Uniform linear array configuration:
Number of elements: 12
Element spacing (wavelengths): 0.5
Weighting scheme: hann
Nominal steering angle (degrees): -60
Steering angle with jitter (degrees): -59.18
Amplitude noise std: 0.05
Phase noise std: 0.05

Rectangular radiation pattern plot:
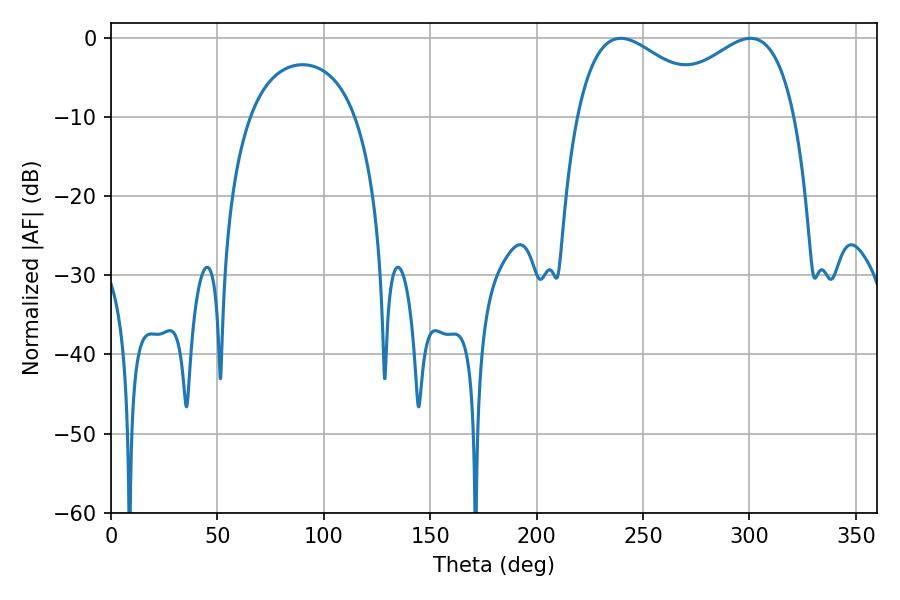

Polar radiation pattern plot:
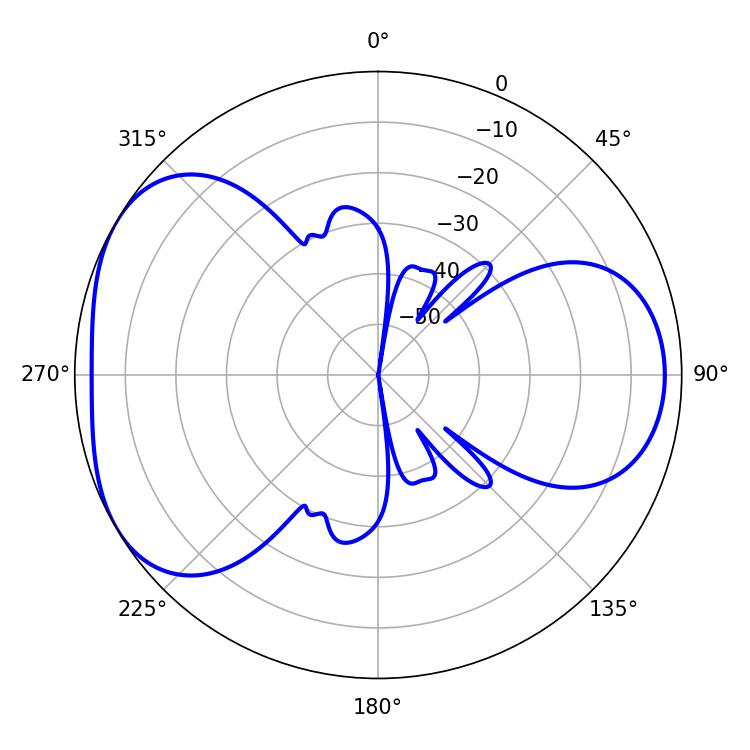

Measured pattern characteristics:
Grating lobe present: FALSE
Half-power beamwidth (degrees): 36.36
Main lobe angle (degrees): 239.58